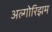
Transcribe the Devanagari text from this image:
अल्गोरिझम